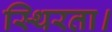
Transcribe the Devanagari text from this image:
स्थिरता।